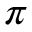
\pi